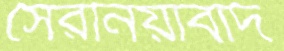
সেরনিয়াবাদ